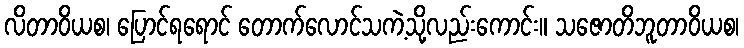
လိတာဝိယစ၊ ပြောင်ရရောင် တောက်လောင်သကဲ့သို့လည်းကောင်း။ သဇောတိဘူတာဝိယစ၊